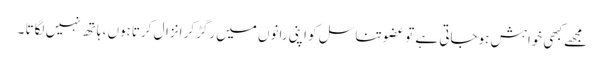
مجھے کبھی خواہش ہوجاتی ہے تو عضو تناسل کو اپنی رانوں میں رگڑکر انزال کرتاہوں ، ہاتھ نہیں لگاتا ۔